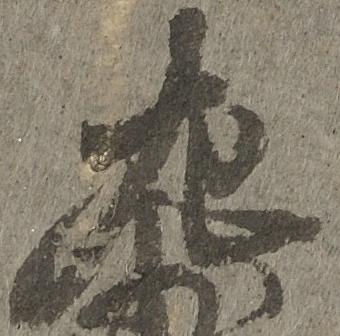
左